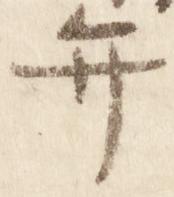
弁